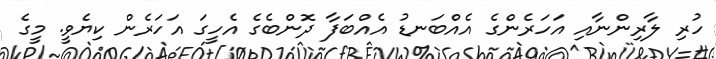
ހުރި ލާރިންނާއި އަހަރެންގެ އެއްބަނޑު އެއްބަފާ ދޮންބެގެ އެހީގަ އަހަރެން ކިޔެވީ. މީގެ